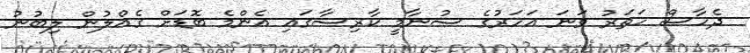
ދެހާސް ހަތަރު ވަނަ އަހަރުގެ ސުނާމީ ކާރިސާގައި އެންމެ ބޮޑަށް ގެއްލުން ލިބުނު